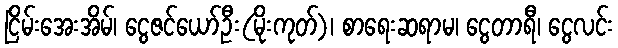
ငြိမ်းအေးအိမ်၊ ငွေဇင်ယော်ဦး(မိုးကုတ်)၊ စာရေးဆရာမ၊ ငွေတာရီ၊ ငွေလင်း